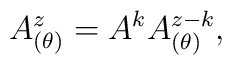
A^z_{(\theta)}=A^k A^{z-k}_{(\theta)},